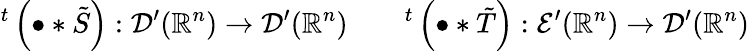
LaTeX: ^{t}\left(\bullet\ast{\tilde{S}}\right):{\mathcal{D}}^{\prime}(\mathbb{R}^{n})\to{\mathcal{D}}^{\prime}(\mathbb{R}^{n})\qquad^{t}\left(\bullet\ast{\tilde{T}}\right):{\mathcal{E}}^{\prime}(\mathbb{R}^{n})\to{\mathcal{D}}^{\prime}(\mathbb{R}^{n})